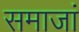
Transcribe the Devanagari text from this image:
समाजां